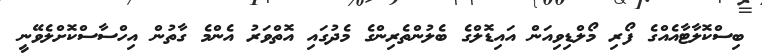
ބިސްކޮލާޓާއެއްގެ ފޯރި މޯލްޑިވިއަން އައިޑޮލްގެ ބެލުންތެރިންގެ މެދުގައި އޮތްވަރު އެންމެ ގާތުން އިހްސާސްކޮށްލެވޭނީ